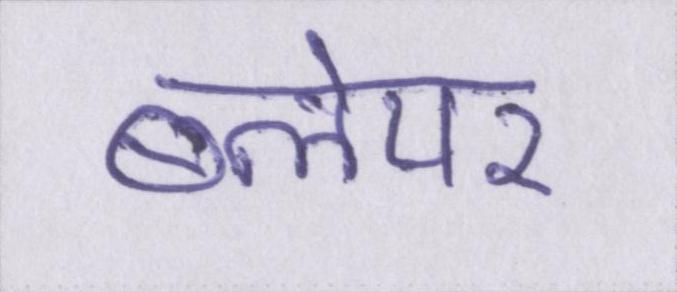
ब्लेयर